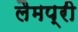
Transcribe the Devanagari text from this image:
लैमप्री